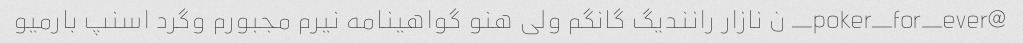
@poker_for_ever_ ن نازار رانندیگ گانگم ولی هنو گواهینامه نیرم مجبورم وگرد اسنپ بارمیو